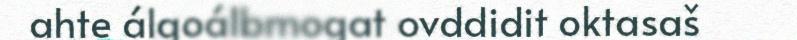
ahte álgoálbmogat ovddidit oktasaš